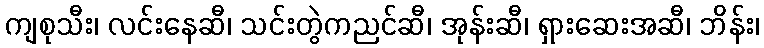
ကျစုသီး၊ လင်းနေဆီ၊ သင်းတွဲကညင်ဆီ၊ အုန်းဆီ၊ ရှားဆေးအဆီ၊ ဘိန်း၊